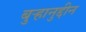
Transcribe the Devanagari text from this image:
बुऱ्हानुद्दीन